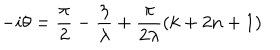
- i \theta = \frac { \pi } { 2 } - \frac { \eta } { \lambda } + \frac { \pi } { 2 \lambda } \left( k + 2 n + 1 \right)